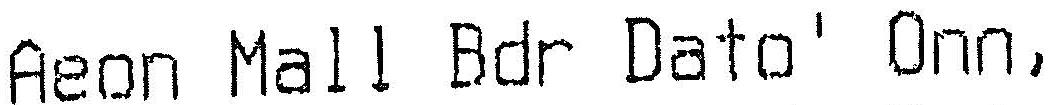
AEON MALL BDR DATO' ONN,